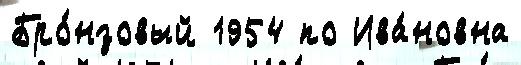
Бро́нзовый 1954 по Ива́новна